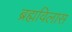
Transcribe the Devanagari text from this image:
ब्रह्मविलास